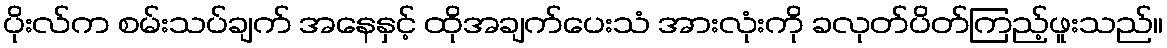
ပိုးလ်က စမ်းသပ်ချက် အနေနှင့် ထိုအချက်ပေးသံ အားလုံးကို ခလုတ်ပိတ်ကြည့်ဖူးသည်။